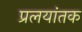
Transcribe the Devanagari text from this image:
प्रलयांतक